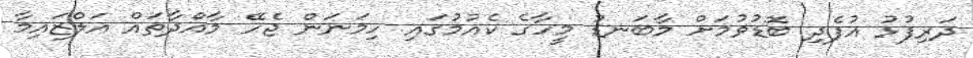
ދަރިފުޅު އުފެދި ބޮޑުވުމަށް މާބަނޑު މީހާގެ ކެއުމުގައި ހިމަނަން ޖެހޭ މާއްދާތައް އަލްޒައިމާ